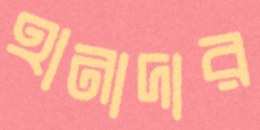
হানাদার